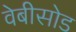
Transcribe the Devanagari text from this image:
वेबीसोड